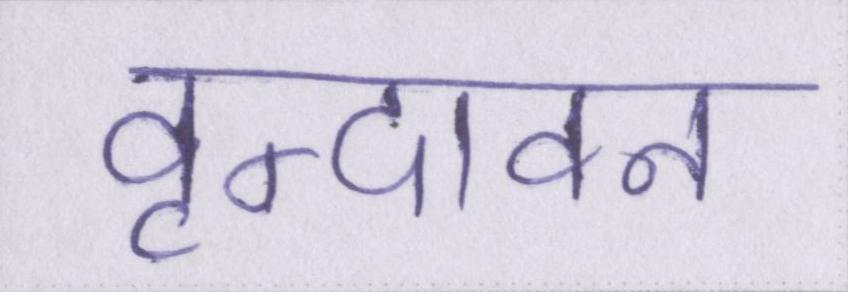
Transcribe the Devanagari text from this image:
वृन्दावन